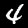
Label: 4